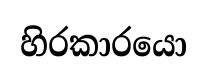
හිරකාරයො